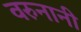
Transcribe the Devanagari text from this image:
वरुनानी